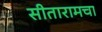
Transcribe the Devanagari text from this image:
सीतारामचा